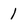
Character: 1